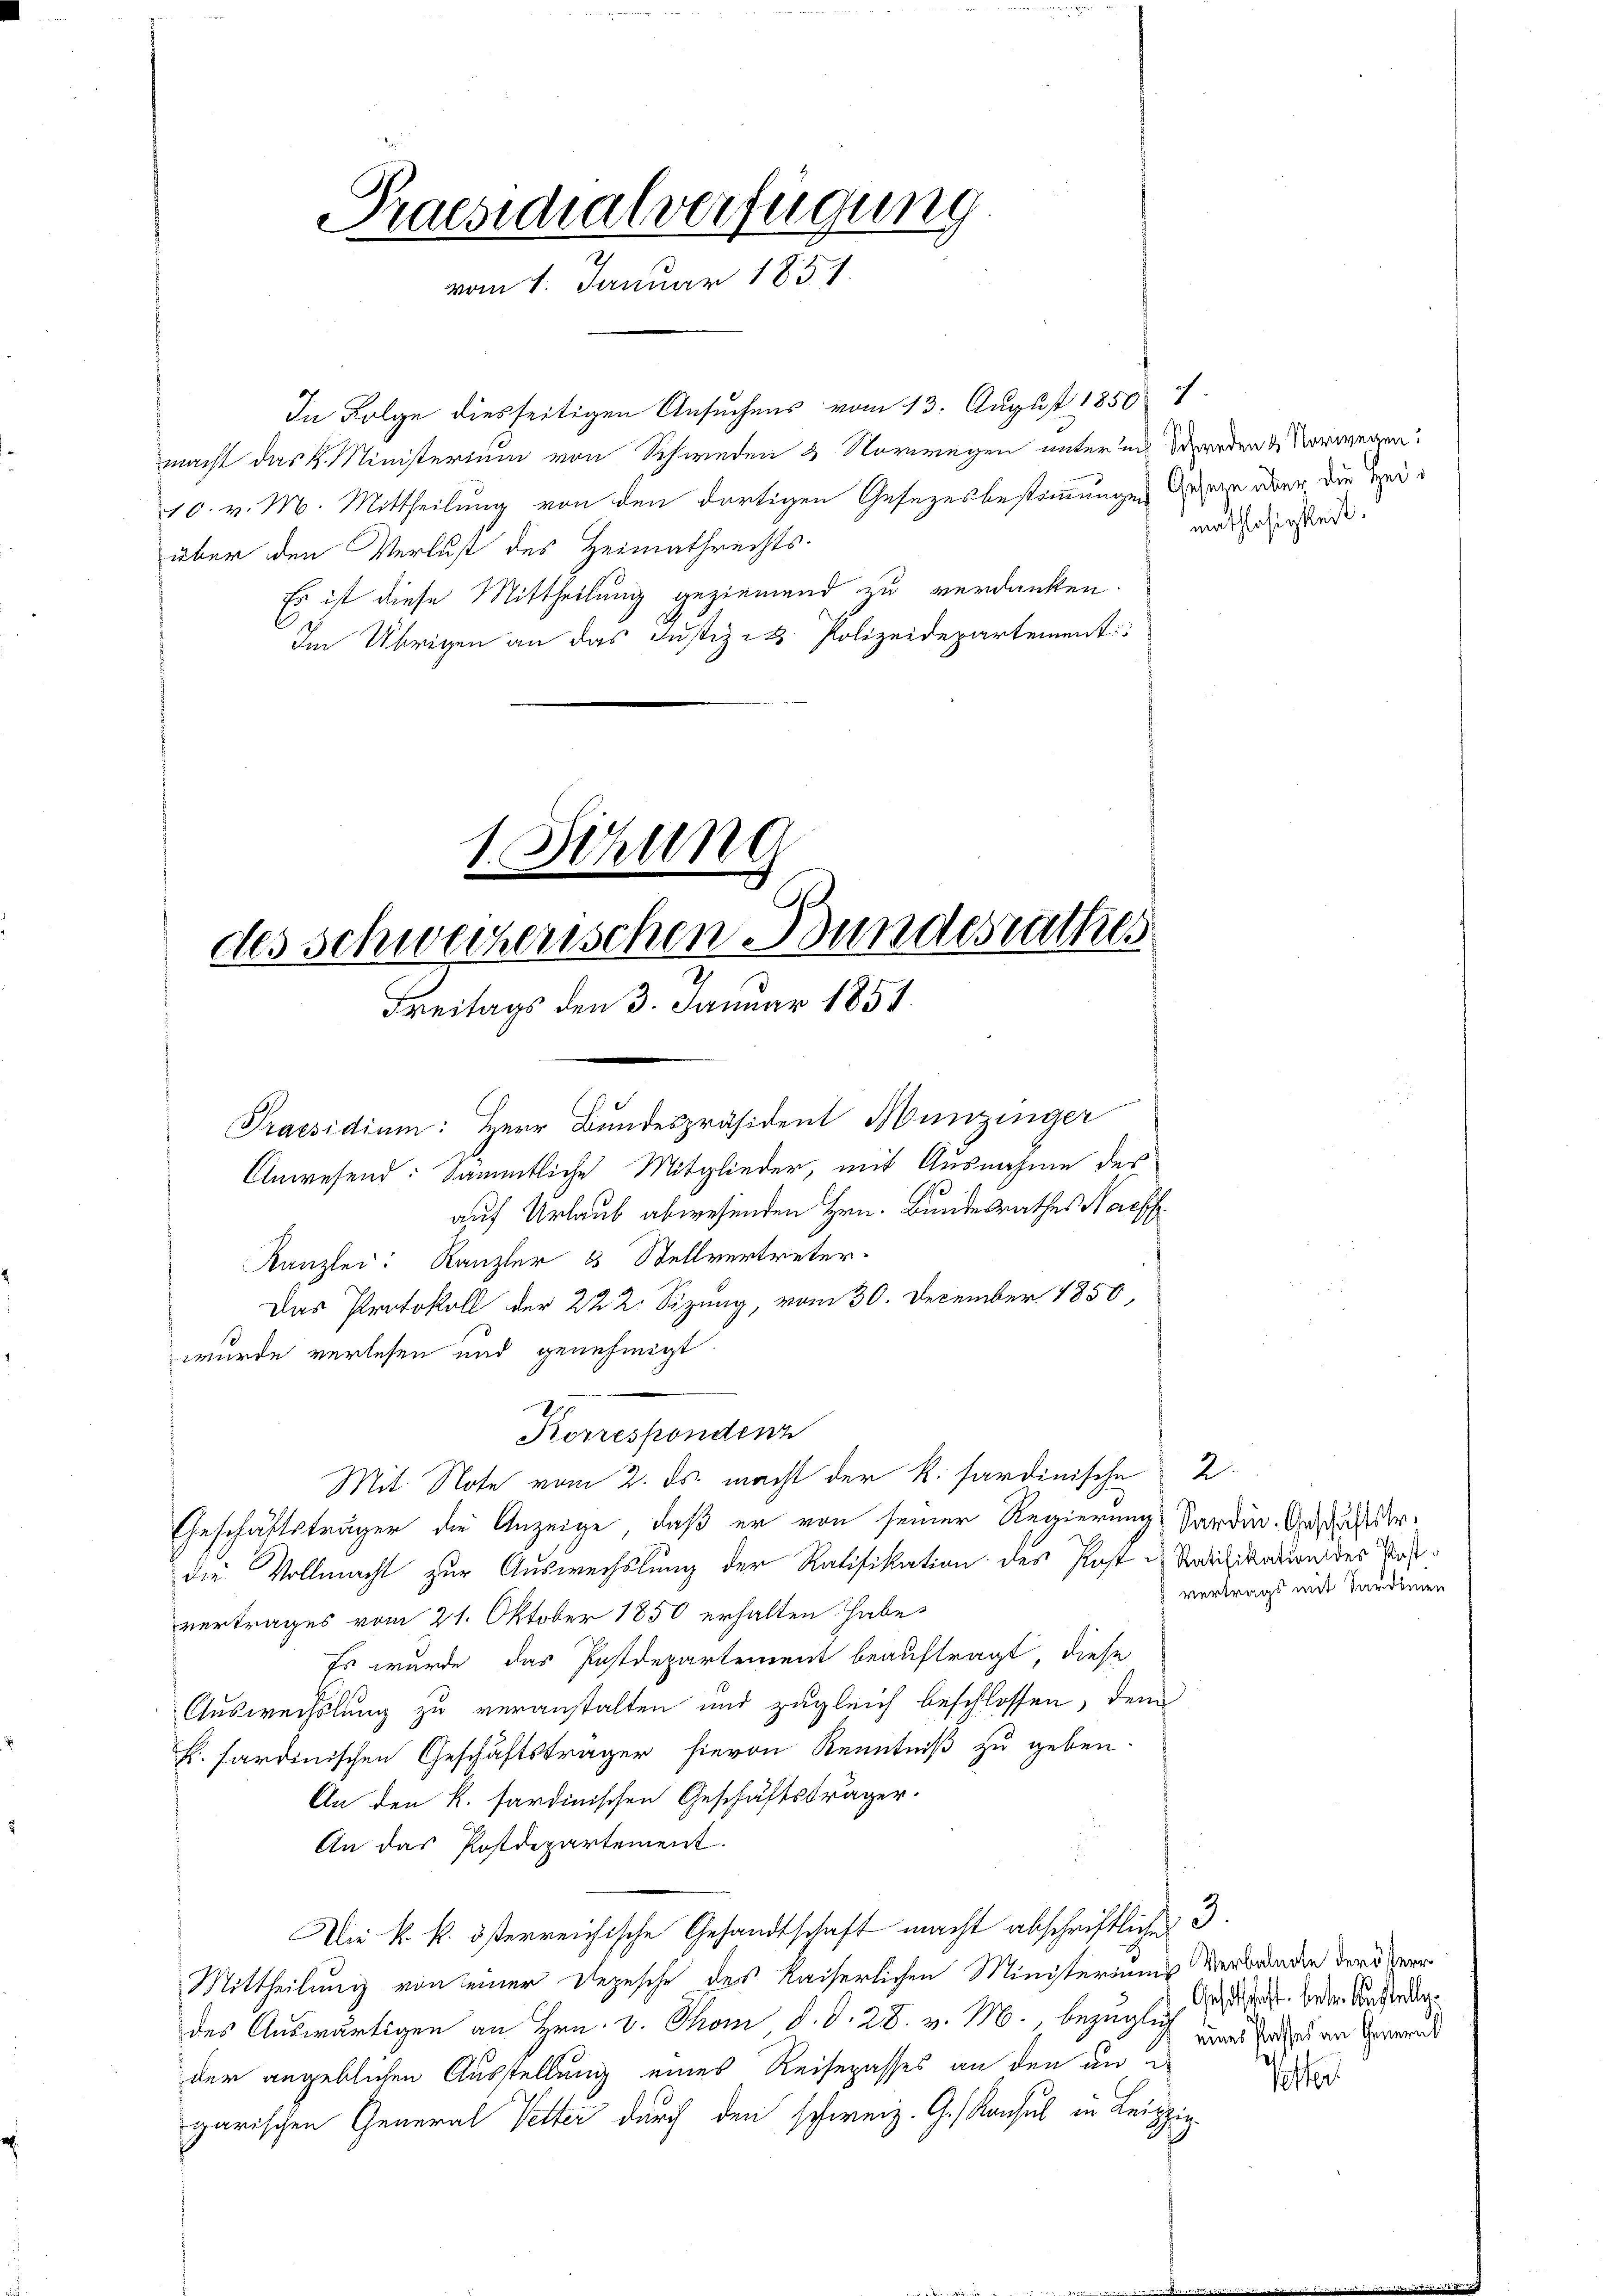
In Folge diesseitigen Ansuchens vom 13. August 1850 1.
macht das k. Ministerium von Schweden & Vorwegen unter ich werden & Vorwegen
10. v. M. Mittheilung von den dortigen Gesezesbestimmungen Geseze aber die Heiüber den Verlust des Heimathrechts-
Es ist diese Mittheilung geziemend zu verdanken.
Im Übrigen an das Justiz- & Polizeidepartement

Praesidium: Herr Bundespräsident Munzinger
Anwesend: Sämmtliche Mitglieder, mit Ausnahme des
auf Urlaub abwesenden Hrn. Bundesrathes Nachf
Kanzlei: Kanzler 3 Stellvertreter-
Das Protokoll der 222. Sizung, vom 30. December 1850,
wurde verlesen und genehmigt.
Mit Note vom 2. ds. macht der k. sardinische 2.
Geschäftsträger die Anzeige, daß er von seiner Regierung Sardin. Geschäftserdie Vollmacht zur Auswechslung der Ratifikation des Post u Modifikation des Postvertrages vom 21. Oktober 1850 erhalten habe.
Es wurde das Postdepartement beauftragt, diese
Auswechslung zu veranstalten und zugleich beschlossen, dem
H. sardinischen Geschäftsträger hievon Kenntniß zu geben.
An den k. sardinischen Geschäftsträger.
An das Postdepartement.
Die k. k. österreichische Gesandtschaft macht abschriftliche 3.
Mittheilung von einer Depesche des Kaiserlichen Ministeriums Verbranden der Per
des Auswärtigen an Hrn. v. Thon, d. d. 28. v. M., bezüglich schrift den Ansieder
der angeblichen Ausstellung eines Reisepasses an den in e
garischen General Vetter durch den schweiz. G. Konsul in Leipzig

1. Sitzung
des Schweizerischen Bundesrathes
Freitags den 3. Januar 1851.

Praesidialverfügung
vom 4. Januar 1831.

Korrespondenz

A

mathlosigkeit.

vertrags mit Sardinien

eines Kasses an General

Poster